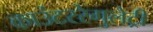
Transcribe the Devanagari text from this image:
काउंटररेगुलेट्री